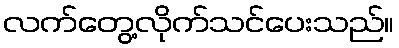
လက်တွေ့လိုက်သင်ပေးသည်။